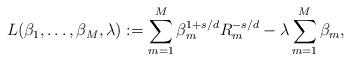
LaTeX: \begin{align*} L(\beta_1,\ldots,\beta_M, \lambda) := \sum_{m=1}^M \beta_m^{1+s/d} R_m^{-s/d} - \lambda\sum_{m=1}^M \beta_m, \end{align*}